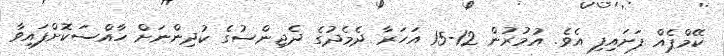
ކޭމްޕެއް ފަށައިފި އެވެ. އުމުރުން 12-15 އަހަރާ ދެމެދުގެ ދެޖިންސުގެ ކުދިންނަށް ހާއްސަކޮށްފައިވާ